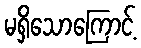
မရှိသောကြောင့်